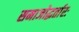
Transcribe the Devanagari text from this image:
समाजोद्धर्तारः